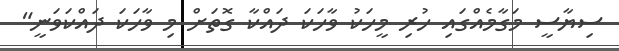
ސިޔާސީ މަގާމެއްގައި ހުރި މީހަކު ވާހަކަ ދައްކާ ގޮތަށް މި ވާހަކަ ދައްކަވަނީ"